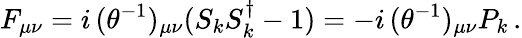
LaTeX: F_{\mu\nu}=i\, (\theta^{-1})_{\mu\nu}(S_{k}S_{k}^{\dagger}-1)=-i\, (\theta^{-1})_{\mu\nu}P_{k}\, .